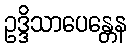
ဥဒ္ဒိသာပေန္တေန